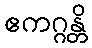
ဧကဂ္ဂန္တိ